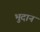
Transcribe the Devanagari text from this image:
भुदान